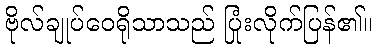
ဗိုလ်ချုပ်ဝေရိုသာသည် ပြုံးလိုက်ပြန်၏။